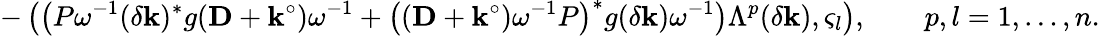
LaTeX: -\left(\bigl(P\omega^{-1}(\delta\mathbf{k})^{*}g(\mathbf{D}+\mathbf{k}^{\circ})\omega^{-1}+\bigl((\mathbf{D}+\mathbf{k}^{\circ})\omega^{-1}P\bigr)^{*}g(\delta\mathbf{k})\omega^{-1}\bigr)\Lambda^{p}(\delta\mathbf{k}),\varsigma_{l}\right),\qquad p,l=1,\ldots,n.